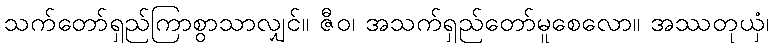
သက်တော်ရှည်ကြာစွာသာလျှင်။ ဇီဝ၊ အသက်ရှည်တော်မူစေလော။ အဿတုယှံ၊